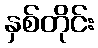
နှစ်တိုင်း